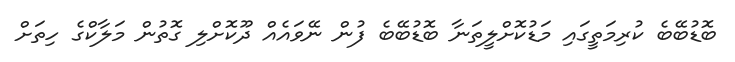
ބޮޑުބޭބެ ކުރިމަތީގައި މަޑުކޮށްލީތަނާ ބޮޑުބޭބެ ފުން ނޭވައެއް ދޫކޮށްލި ގޮތުން މަލާކްގެ ހިތަށް